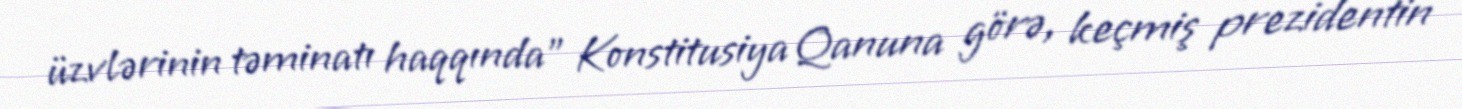
üzvlərinin təminatı haqqında” Konstitusiya Qanuna görə, keçmiş prezidentin